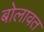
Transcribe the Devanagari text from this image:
बोलावत